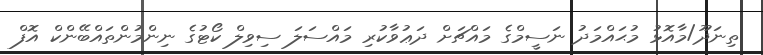
ތިނަދޫ/މާއޮޅު މުޙައްމަދު ނަސީމްގެ މައްޗަށް ދަޢުވާކުރި މައްސަލަ ސިވިލް ކޯޓުގެ ނިންމުންތައްބޭންކް އޮފް